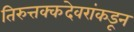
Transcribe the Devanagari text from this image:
तिरुत्तक्कदेवरांकडून